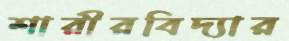
শারীরবিদ্যার